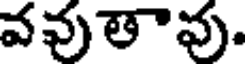
వవుతావు.